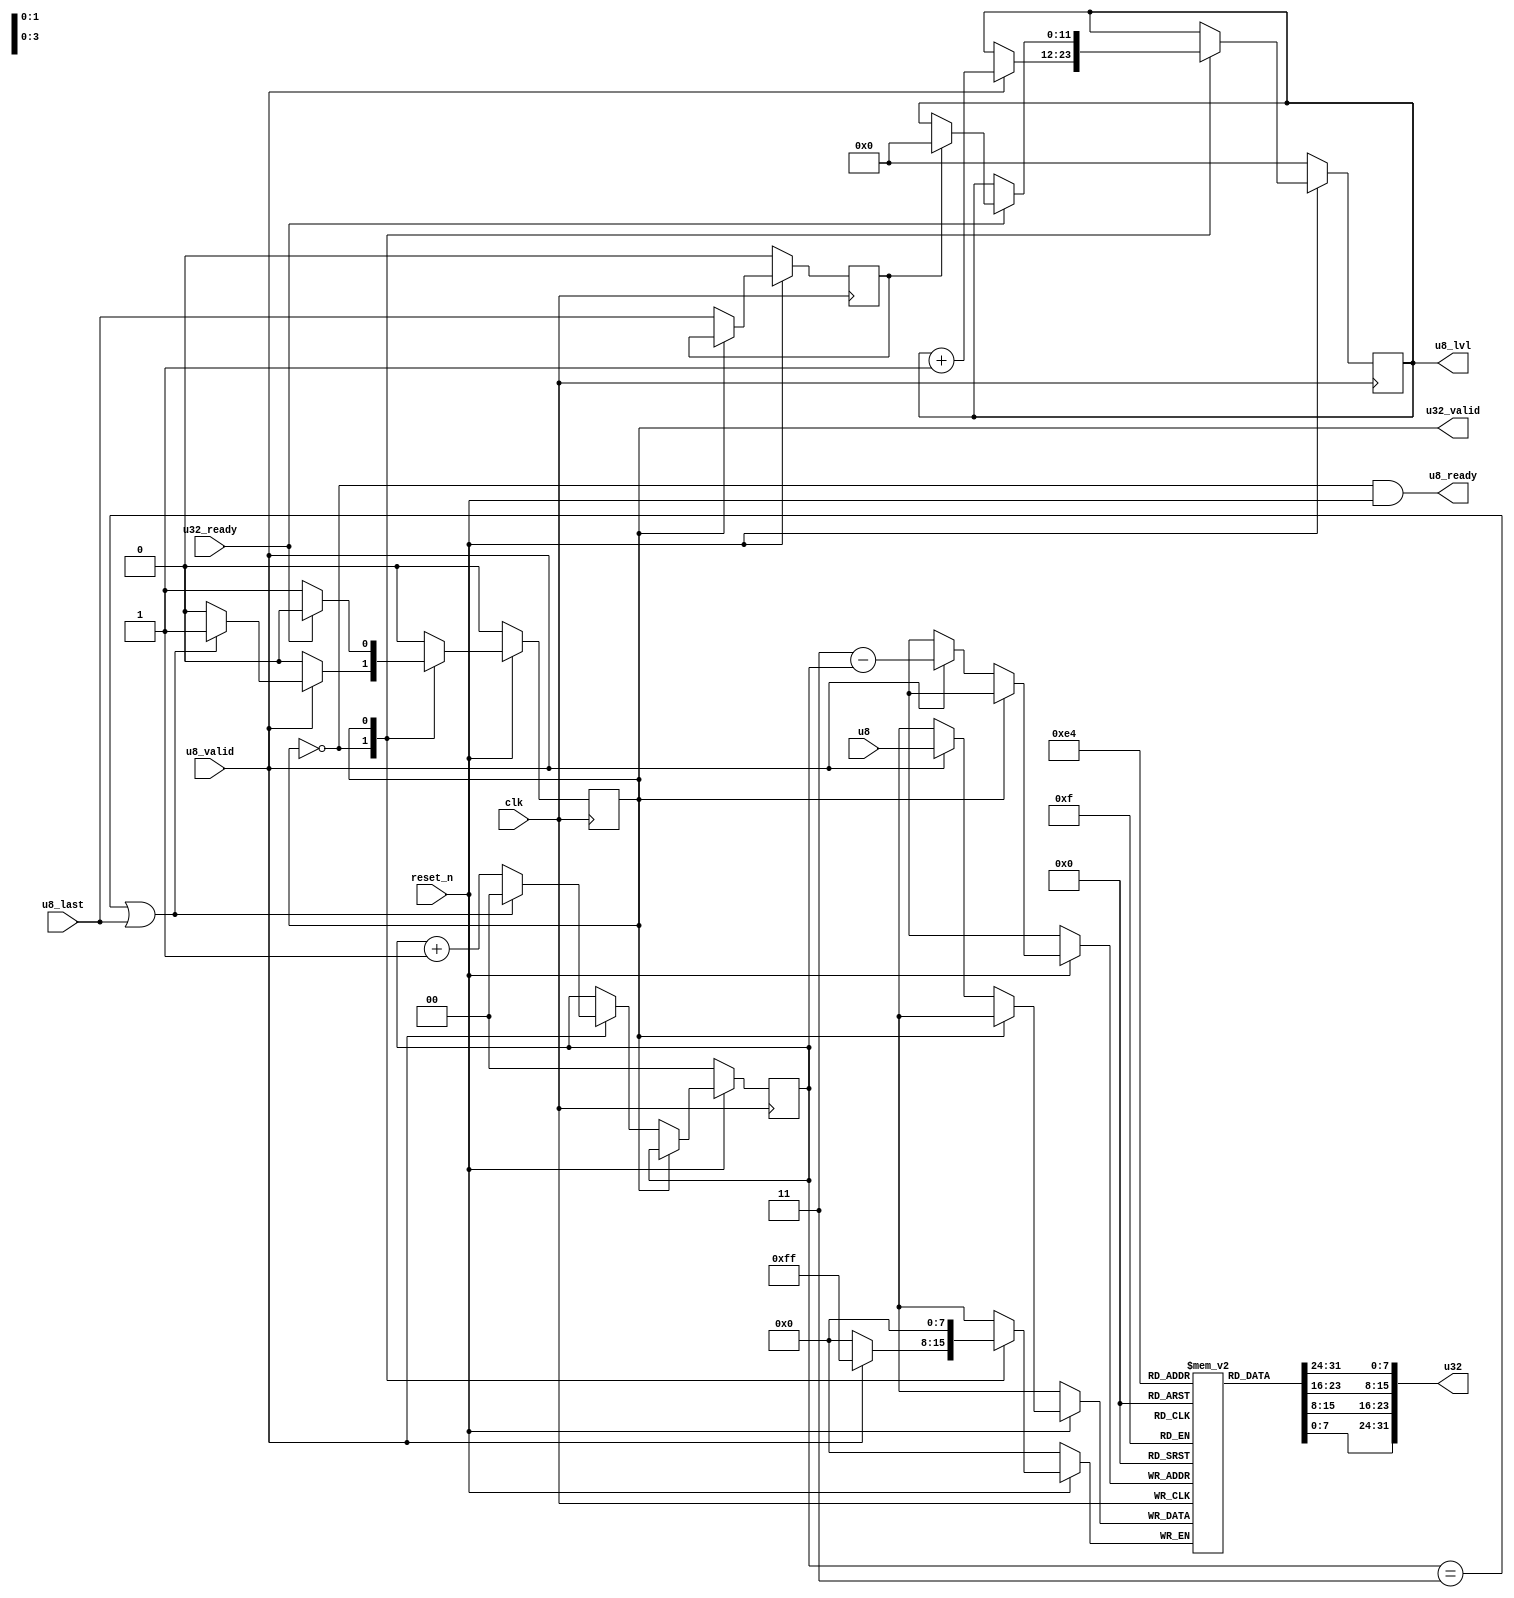
// ***************************************************************************
// ***************************************************************************
// Copyright (C) 2024 Analog Devices, Inc. All rights reserved.
//
// In this HDL repository, there are many different and unique modules, consisting
// of various HDL (Verilog or VHDL) components. The individual modules are
// developed independently, and may be accompanied by separate and unique license
// terms.
//
// The user should read each of these license terms, and understand the
// freedoms and responsibilities that he or she has by using this source/core.
//
// This core is distributed in the hope that it will be useful, but WITHOUT ANY
// WARRANTY; without even the implied warranty of MERCHANTABILITY or FITNESS FOR
// A PARTICULAR PURPOSE.
//
// Redistribution and use of source or resulting binaries, with or without modification
// of this file, are permitted under one of the following two license terms:
//
//   1. The GNU General Public License version 2 as published by the
//      Free Software Foundation, which can be found in the top level directory
//      of this repository (LICENSE_GPL2), and also online at:
//      <https://www.gnu.org/licenses/old-licenses/gpl-2.0.html>
//
// OR
//
//   2. An ADI specific BSD license, which can be found in the top level directory
//      of this repository (LICENSE_ADIBSD), and also on-line at:
//      https://github.com/analogdevicesinc/hdl/blob/main/LICENSE_ADIBSD
//      This will allow to generate bit files and not release the source code,
//      as long as it attaches to an ADI device.
//
// ***************************************************************************
// ***************************************************************************
/**
 * Packs u8 stream into u32.
 * Restrictions:
 * At partial payload, e.g. 3-bytes, the remaining byte value is unknown.
 */

`timescale 1ns/100ps

module i3c_controller_pack (
  input         clk,
  input         reset_n,

  input         u32_ready,
  output        u32_valid,
  output [31:0] u32,

  output [11:0] u8_lvl,

  output       u8_ready,
  input        u8_valid,
  input        u8_last,
  input  [7:0] u8
);

  localparam [0:0] SM_GET = 0;
  localparam [0:0] SM_PUT = 1;

  reg [0:0]  sm;
  reg [1:0]  c;
  reg [7:0]  u32_reg [3:0];
  reg [11:0] u8_lvl_reg;
  reg        u8_last_reg;

  always @(posedge clk) begin
    if (!reset_n) begin
      sm <= SM_GET;
      c <= 2'b00;
      u8_last_reg <= 1'b0;
      u8_lvl_reg <= 0;
    end else begin
      case (sm)
        SM_GET: begin
          u8_last_reg <= u8_last;
          if (u8_valid) begin // tick
            u32_reg[3-c] <= u8;
            u8_lvl_reg <= u8_lvl_reg + 1;
            c <= c + 1;
            if (c == 2'b11 | u8_last) begin
              c <= 2'b00;
              sm <= SM_PUT;
            end
          end
        end
        SM_PUT: begin
          if (u32_ready) begin
            sm <= SM_GET;
            if (u8_last_reg) begin
              u8_lvl_reg <= 0;
            end
          end
        end
      endcase
    end
  end

  assign u8_ready = sm == SM_GET & reset_n;
  assign u32_valid = sm == SM_PUT;
  assign u8_lvl = u8_lvl_reg;

  genvar i;
  generate
    for (i=0; i<4; i=i+1) begin: gen_u32
      assign u32[8*i+7:8*i] = u32_reg[3-i];
    end
  endgenerate

endmodule